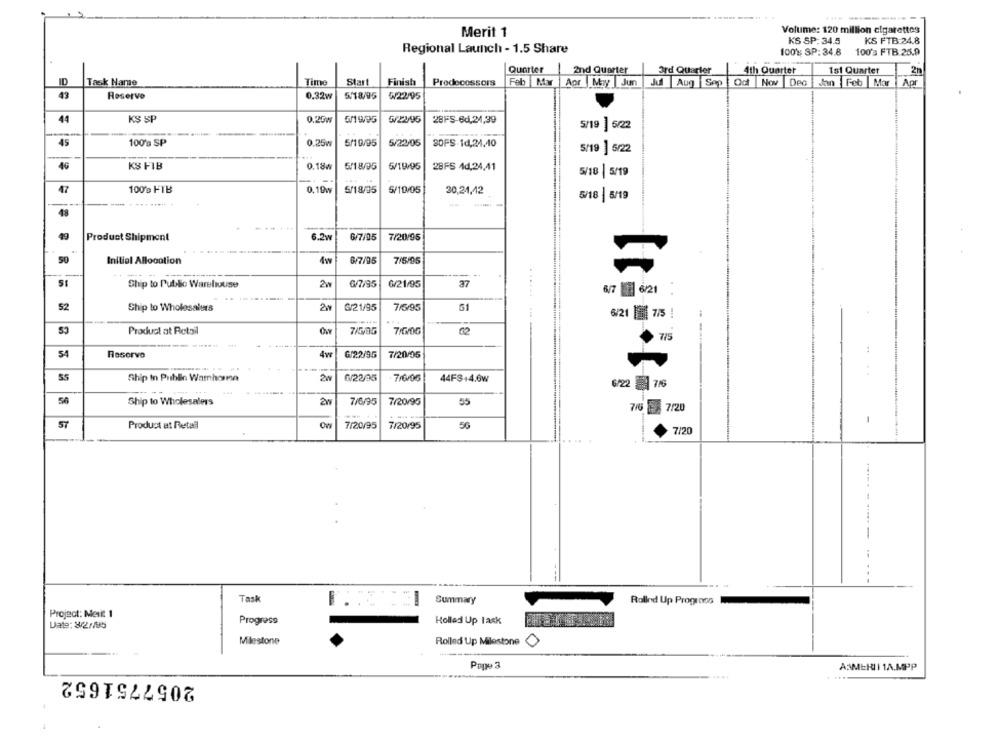
Volume: 120 million cigarettes
Merit 1
KS SP: 34.5
KS FTB:24.8
Regional Launch - 1.5 Share
100% SP: 34.8
100's FTB.25.9
Quarter
2nd Quarter
Ord Quarter
4th Quarter
1st Quarter
2m
ID
Task Hame
Time
Star
Finish
Predecessors
Feb Mar
Aor May Jun
Jul Aug Sep Oct Nov |Deo
Jan Feb | Mar Apr
43
Reservo
0.32w
5/18/95
₩/22/95
44
K$ $P
0.20w
₪/20/95
28FS-6d,24,39
5/19 ] 6/22
45
0.25₩
5/10/95
5/22/05
100's SP
SOFS-14,24,40
5/19 5/22
46
KS FIB
0.18
5/18/95
6/14/95
28FS 4d,24,41
5/18 |5/19
17
100% FTB
0.19W
5/18/35
5/10/05
30,24,42
5/18 |5/19
19
Product Shipment
6.2w
6/7/05
7/20/95
50
Initial Allocation
4w
6/7/05
7/5/95
Ship to Public Warehouse
6/7/95
₲/21/95
37
6/7 6/21
52
Ship to Wholesalers
G/21/95
7/6/95
51
6/21 | 7/5 |
Product at Retail
7/5/05
7/6/0G
7/5
---- -----
:
54
Reserve
4w
G/22/95
7/20/95
SS
Ship In Public Wamhomme
2w
₦/22/95
.7/0/06
44FS+4.6w
6/22 716
7/6/95
55
Ship to Wholesalers
7/20/95
7/20
57
56
Product at Retail
7/20/95
7/20/95
7/20
Task
Summary
Rollnd Up Progroos
Project: Merit 1
Progress
Holled Up lask
Date: 3/2//85
Milestone
Rolled Up Milestone
0
---
Pane 3
ASMERII 1A.MPP
2057751652
-...